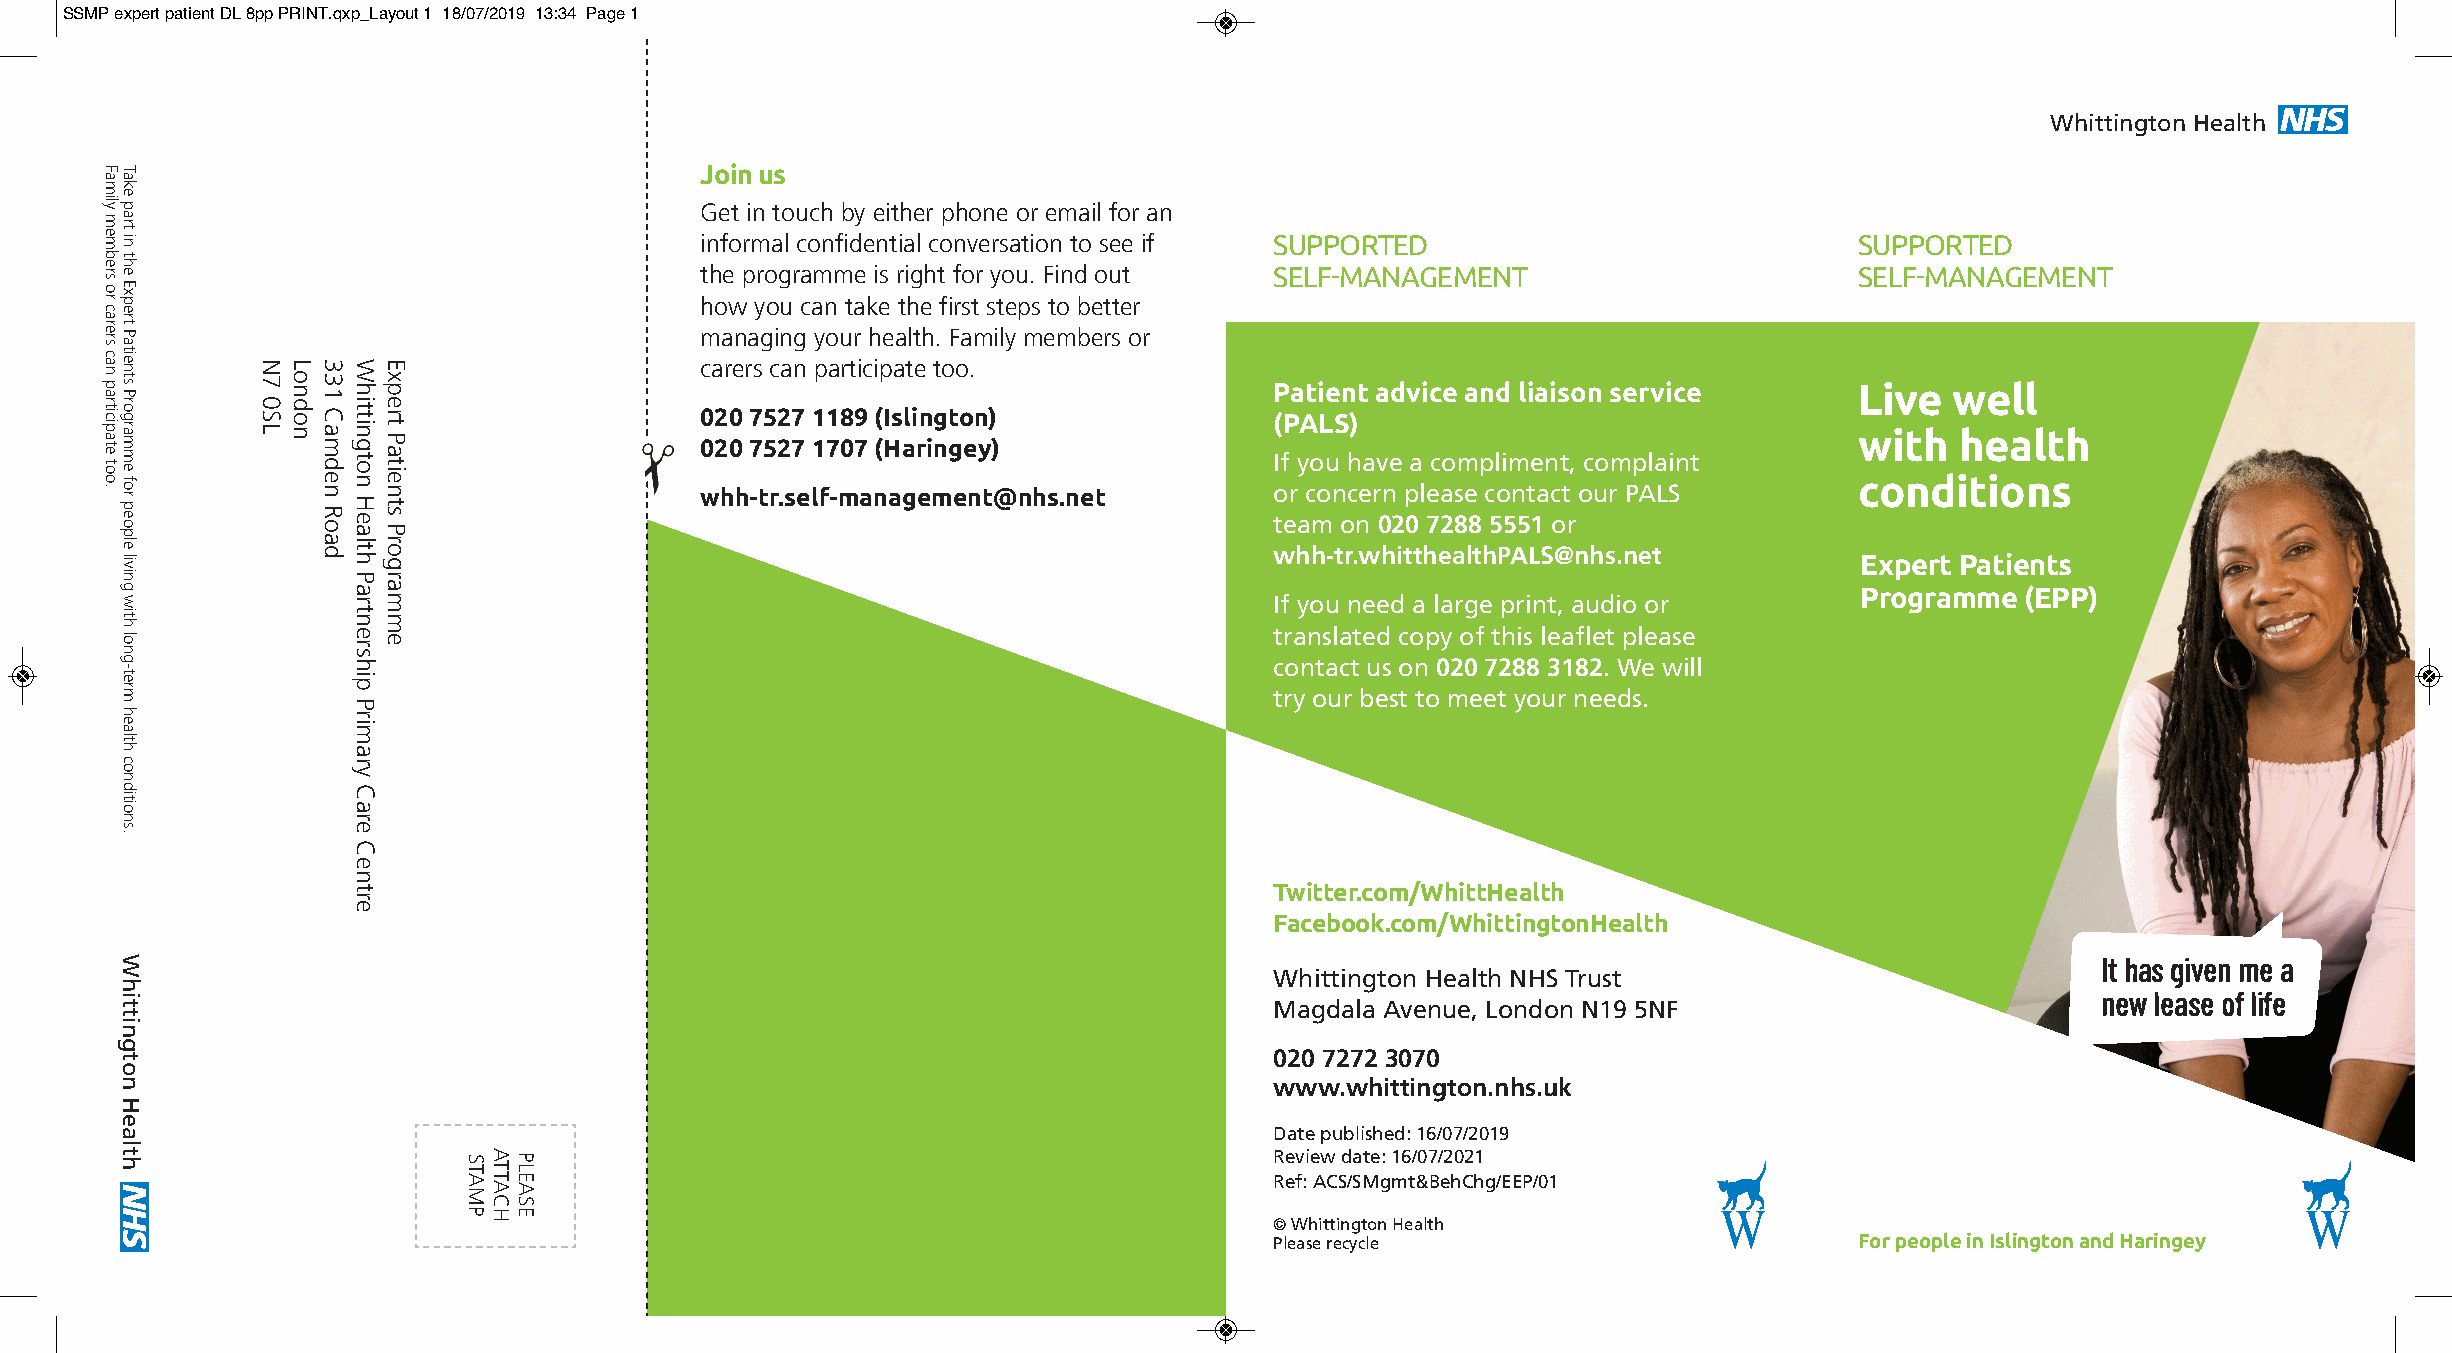
SSMP expert patient DL 8pp PRINT.qxp_Layout 1 18/07/2019 13:34 Page 1
 Whittington Health
 Join us
 Get in touch by either phone or email for an
 informal confidential conversation to see if Supported                       Supported
 the programme is right for you. Find out Self-management                     Self-management
 how you can take the first steps to better
 managing your health. Family members or
 carers can participate too.
 Patient advice and liaison service     Live  well
 020 7527 1189 (Islington)             (PALS)
 with   health 020 7527 1707 (Haringey)
 If you have a compliment, complaint
 conditions whh-tr.self-management@nhs.net or concern please contact our PALS
 team on 020 7288 5551 or
 whh-tr.whitthealthPALS@nhs.net
 Expert Patients
 Programme  (EPP)
 If you need a large print, audio or
 translated copy of this leaflet please
 contact us on 020 7288 3182. We will
 try our best to meet your needs.
 Twitter.com/WhittHealth
 Facebook.com/WhittingtonHealth
 It has given me a
 Whittington Health NHS Trust
 new lease of life
 Magdala Avenue, London N19 5NF
 020 7272 3070
 www.whittington.nhs.uk
 Date published: 16/07/2019
 Review date: 16/07/2021
 Ref: ACS/SMgmt&BehChg/EEP/01
 © Whittington Health
 Please recycle                         For people in Islington and Haringey
 Family
 members
 or
 carers
 can
 participate
 too.
 Take
 part
 in
 the
 Expert
 Patients
 Programme
 for
 people
 living
 with
 long-term
 health
 conditions.
 Whittington
 Health
 N7
 0SL
 London 331
 Camden
 Road
 Whittington
 Health
 Partnership
 Primary
 Care
 Centre
 Expert
 Patients
 Programme
 STAMP ATTACH PLEASE